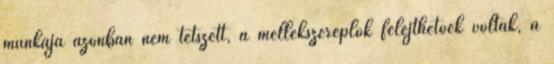
munkája azonban nem tetszett, a mellékszereplők felejthetőek voltak, a